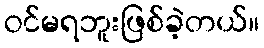
ဝင်မရဘူးဖြစ်ခဲ့တယ်။